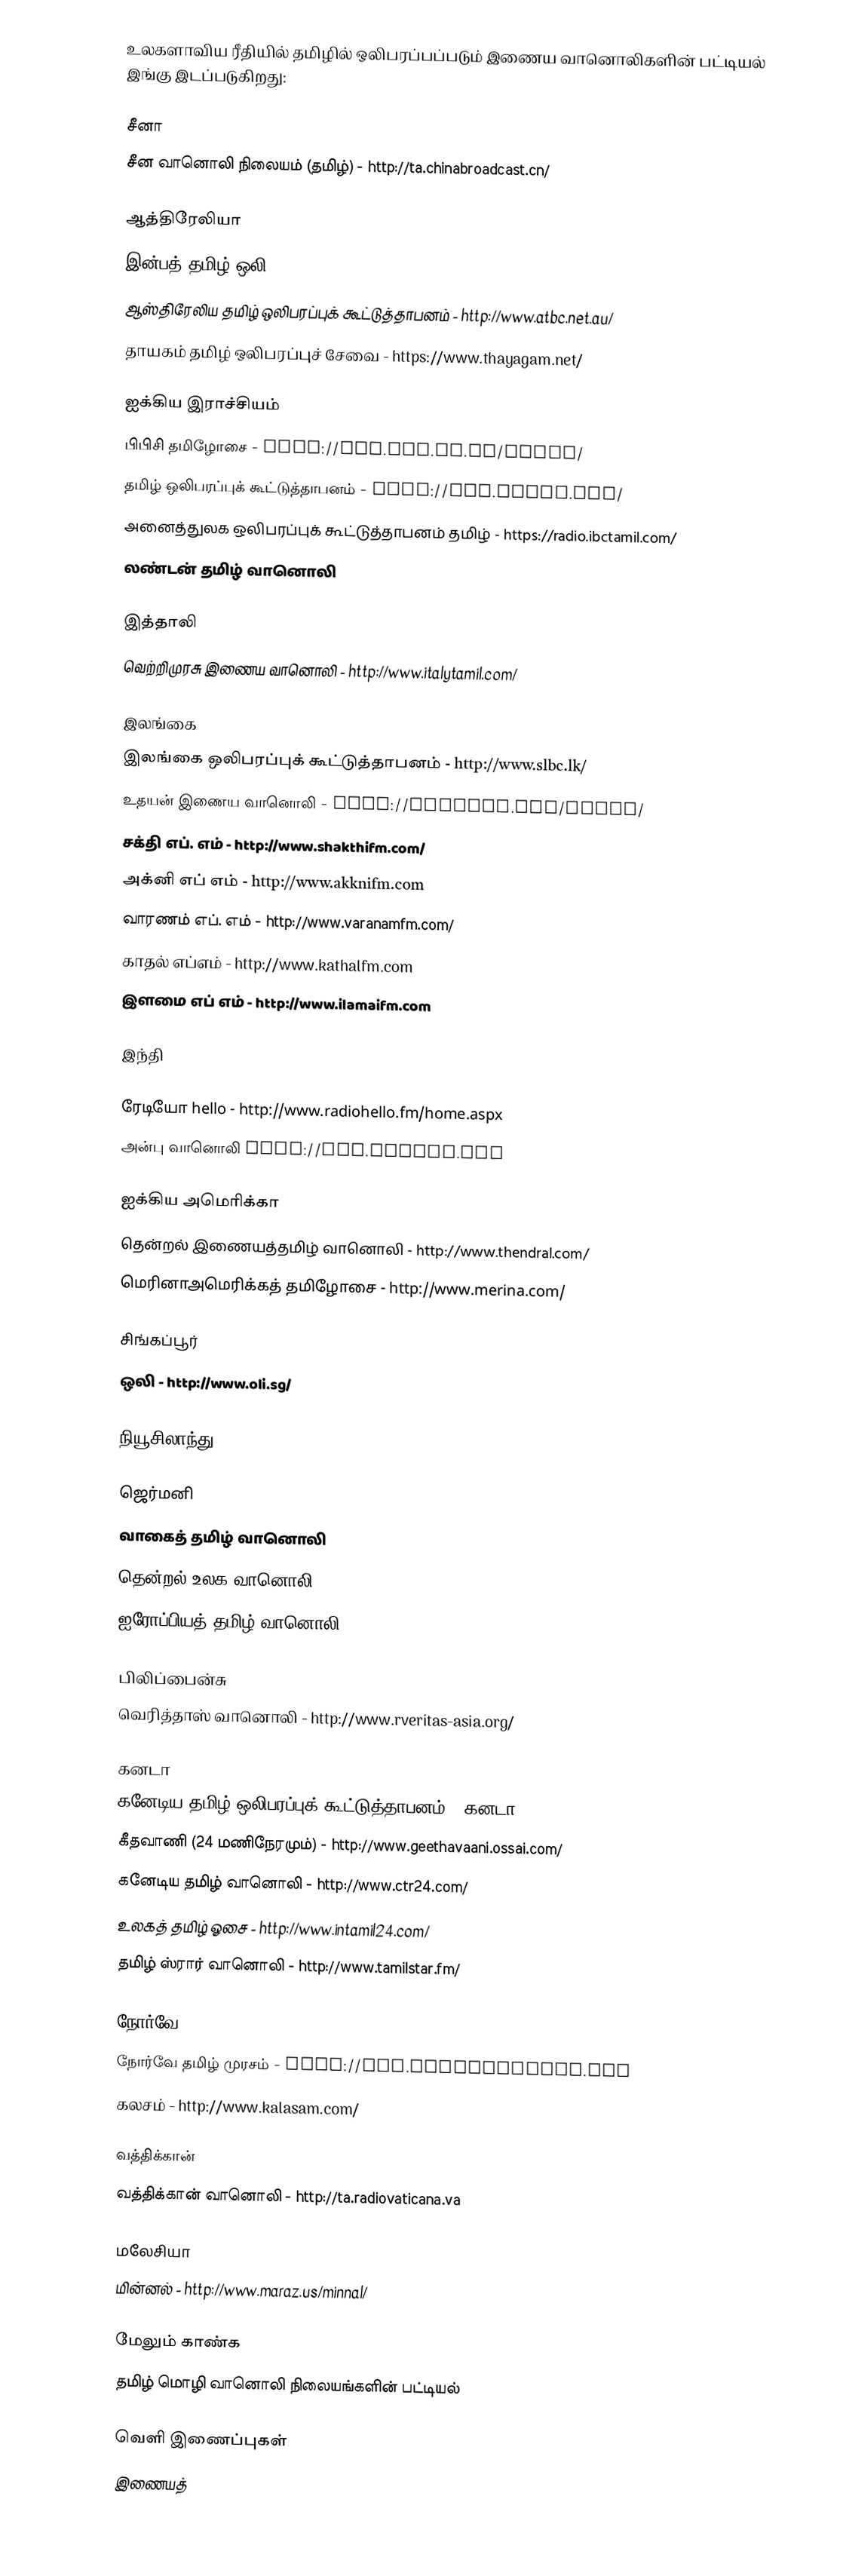
உலகளாவிய ரீதியில் தமிழில் ஒலிபரப்பப்படும் இணைய வானொலிகளின் பட்டியல் இங்கு இடப்படுகிறது:

சீனா
 சீன வானொலி நிலையம் (தமிழ்) - http://ta.chinabroadcast.cn/

ஆத்திரேலியா
 இன்பத் தமிழ் ஒலி - http://www.inbathamil.com/
 ஆஸ்திரேலிய தமிழ் ஒலிபரப்புக் கூட்டுத்தாபனம் - http://www.atbc.net.au/
 தாயகம் தமிழ் ஒலிபரப்புச் சேவை - https://www.thayagam.net/

ஐக்கிய இராச்சியம்
 பிபிசி தமிழோசை - http://www.bbc.co.uk/tamil/
 தமிழ் ஒலிபரப்புக் கூட்டுத்தாபனம் - http://www.tbcuk.com/
 அனைத்துலக ஒலிபரப்புக் கூட்டுத்தாபனம் தமிழ் - https://radio.ibctamil.com/
 லண்டன் தமிழ் வானொலி

இத்தாலி
 வெற்றிமுரசு இணைய வானொலி - http://www.italytamil.com/

இலங்கை
 இலங்கை ஒலிபரப்புக் கூட்டுத்தாபனம் - http://www.slbc.lk/
 உதயன் இணைய வானொலி - http://uthayan.com/radio/
 சக்தி எப். எம் - http://www.shakthifm.com/
 அக்னி எப் எம் - http://www.akknifm.com
 வாரணம் எப். எம் - http://www.varanamfm.com/
 காதல் எப்எம் - http://www.kathalfm.com
 இளமை எப் எம் - http://www.ilamaifm.com

இந்தி

 ரேடியோ hello - http://www.radiohello.fm/home.aspx
 அன்பு  வானொலி http://www.anbufm.com

ஐக்கிய அமெரிக்கா
 தென்றல் இணையத்தமிழ் வானொலி - http://www.thendral.com/
 மெரினாஅமெரிக்கத் தமிழோசை - http://www.merina.com/

சிங்கப்பூர்
 ஒலி - http://www.oli.sg/

நியூசிலாந்து

ஜெர்மனி
வாகைத் தமிழ் வானொலி
 தென்றல் உலக வானொலி - http://www.thenralworldradio.de/
 ஐரோப்பியத் தமிழ் வானொலி - http://www.etr.fm/

பிலிப்பைன்சு
 வெரித்தாஸ் வானொலி - http://www.rveritas-asia.org/

கனடா
 கனேடிய தமிழ் ஒலிபரப்புக் கூட்டுத்தாபனம் - கனடா - http://ctbc.com/ctbcradio/
 கீதவாணி (24 மணிநேரமும்) - http://www.geethavaani.ossai.com/
 கனேடிய தமிழ் வானொலி - http://www.ctr24.com/
 உலகத் தமிழ் ஓசை - http://www.intamil24.com/
 தமிழ் ஸ்ரார் வானொலி - http://www.tamilstar.fm/

நோர்வே
 நோர்வே தமிழ் முரசம் - http://www.tamilmurasam.com
 கலசம் - http://www.kalasam.com/

வத்திக்கான்
 வத்திக்கான் வானொலி - http://ta.radiovaticana.va

மலேசியா
 மின்னல் - http://www.maraz.us/minnal/

மேலும் காண்க
தமிழ் மொழி வானொலி நிலையங்களின் பட்டியல்

வெளி இணைப்புகள்
 இணையத்